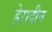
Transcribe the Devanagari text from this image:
हेरादीन